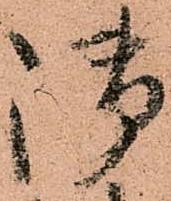
御